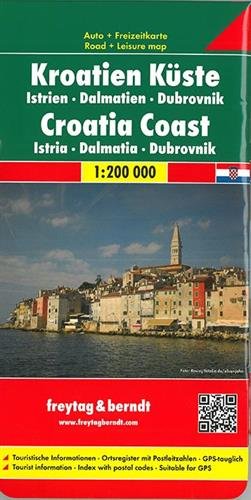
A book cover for Croatian Coast: 1:200,000.  Istria - Dalmatia - Dubrovnik (English, Spanish, French, Italian and German Edition); Freytag & Berndt; Travel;